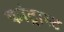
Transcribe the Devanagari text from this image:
कांट्रास्ट